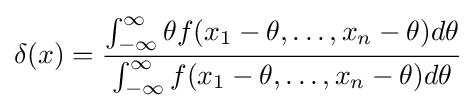
\delta (x)={\frac {\int _{-\infty }^{\infty }\theta f(x_{1}-\theta ,\dots ,x_{n}-\theta )d\theta }{\int _{-\infty }^{\infty }f(x_{1}-\theta ,\dots ,x_{n}-\theta )d\theta }}